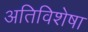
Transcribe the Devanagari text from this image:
अतिविशेषा